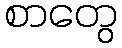
စာတွေ